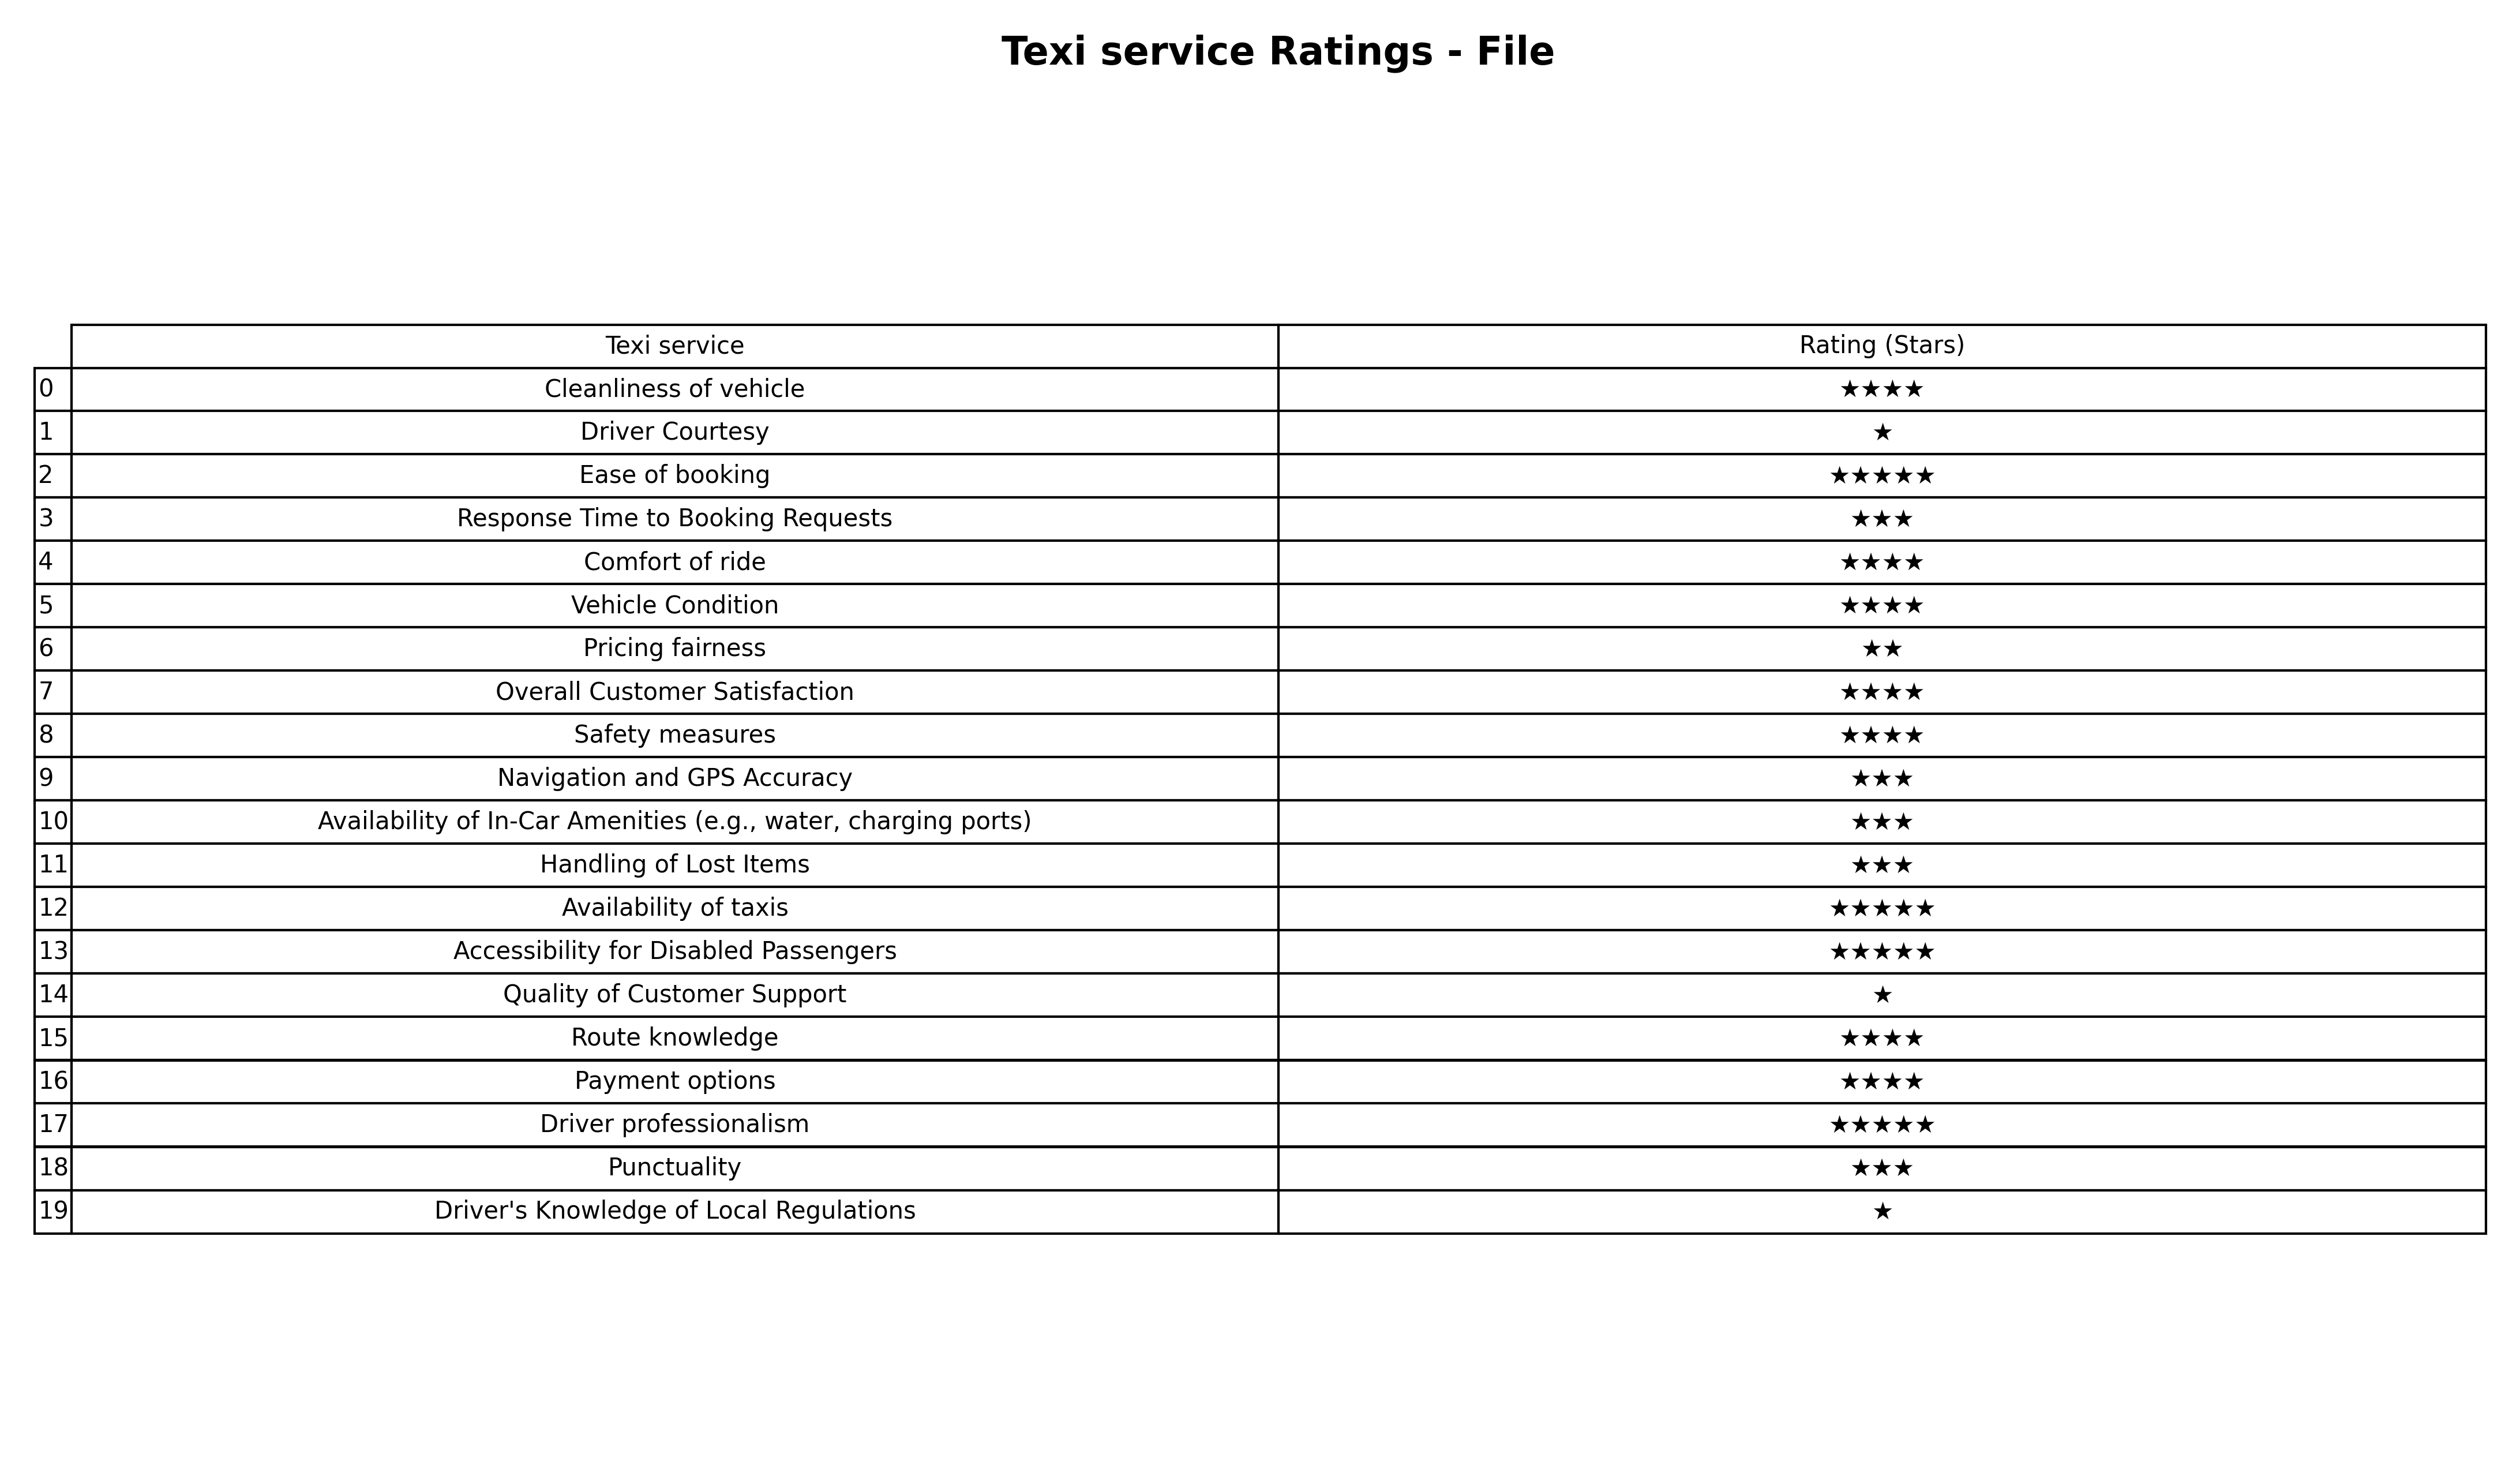
question: What are lowest rating services?
answer: Pricing fairness